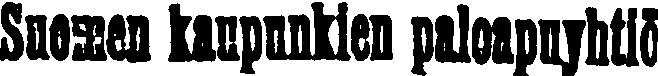
Suomen kaupunkien paloapuyhtiö